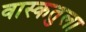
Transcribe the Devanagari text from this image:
वास्कतुला